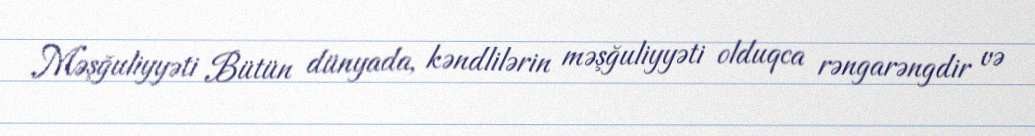
Məşğuliyyəti Bütün dünyada, kəndlilərin məşğuliyyəti olduqca rəngarəngdir və